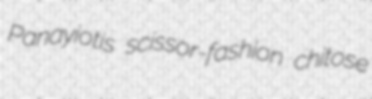
Panayiotis scissor-fashion chitose